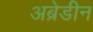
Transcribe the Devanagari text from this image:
अब्रेडीन